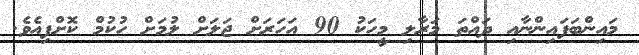
މައިންބަފައިންނާއި ދައްތަ މަރާލި މީހަކު 90 އަހަރަށް ޖަލަށް ލުމަށް ހުކުމް ކޮށްފިއެވެ.